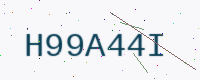
Text: H99A44I